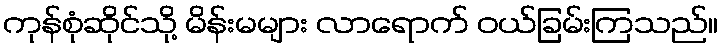
ကုန်စုံဆိုင်သို့ မိန်းမများ လာရောက် ဝယ်ခြမ်းကြသည်။